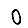
Digit: 0